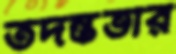
তদন্তভার